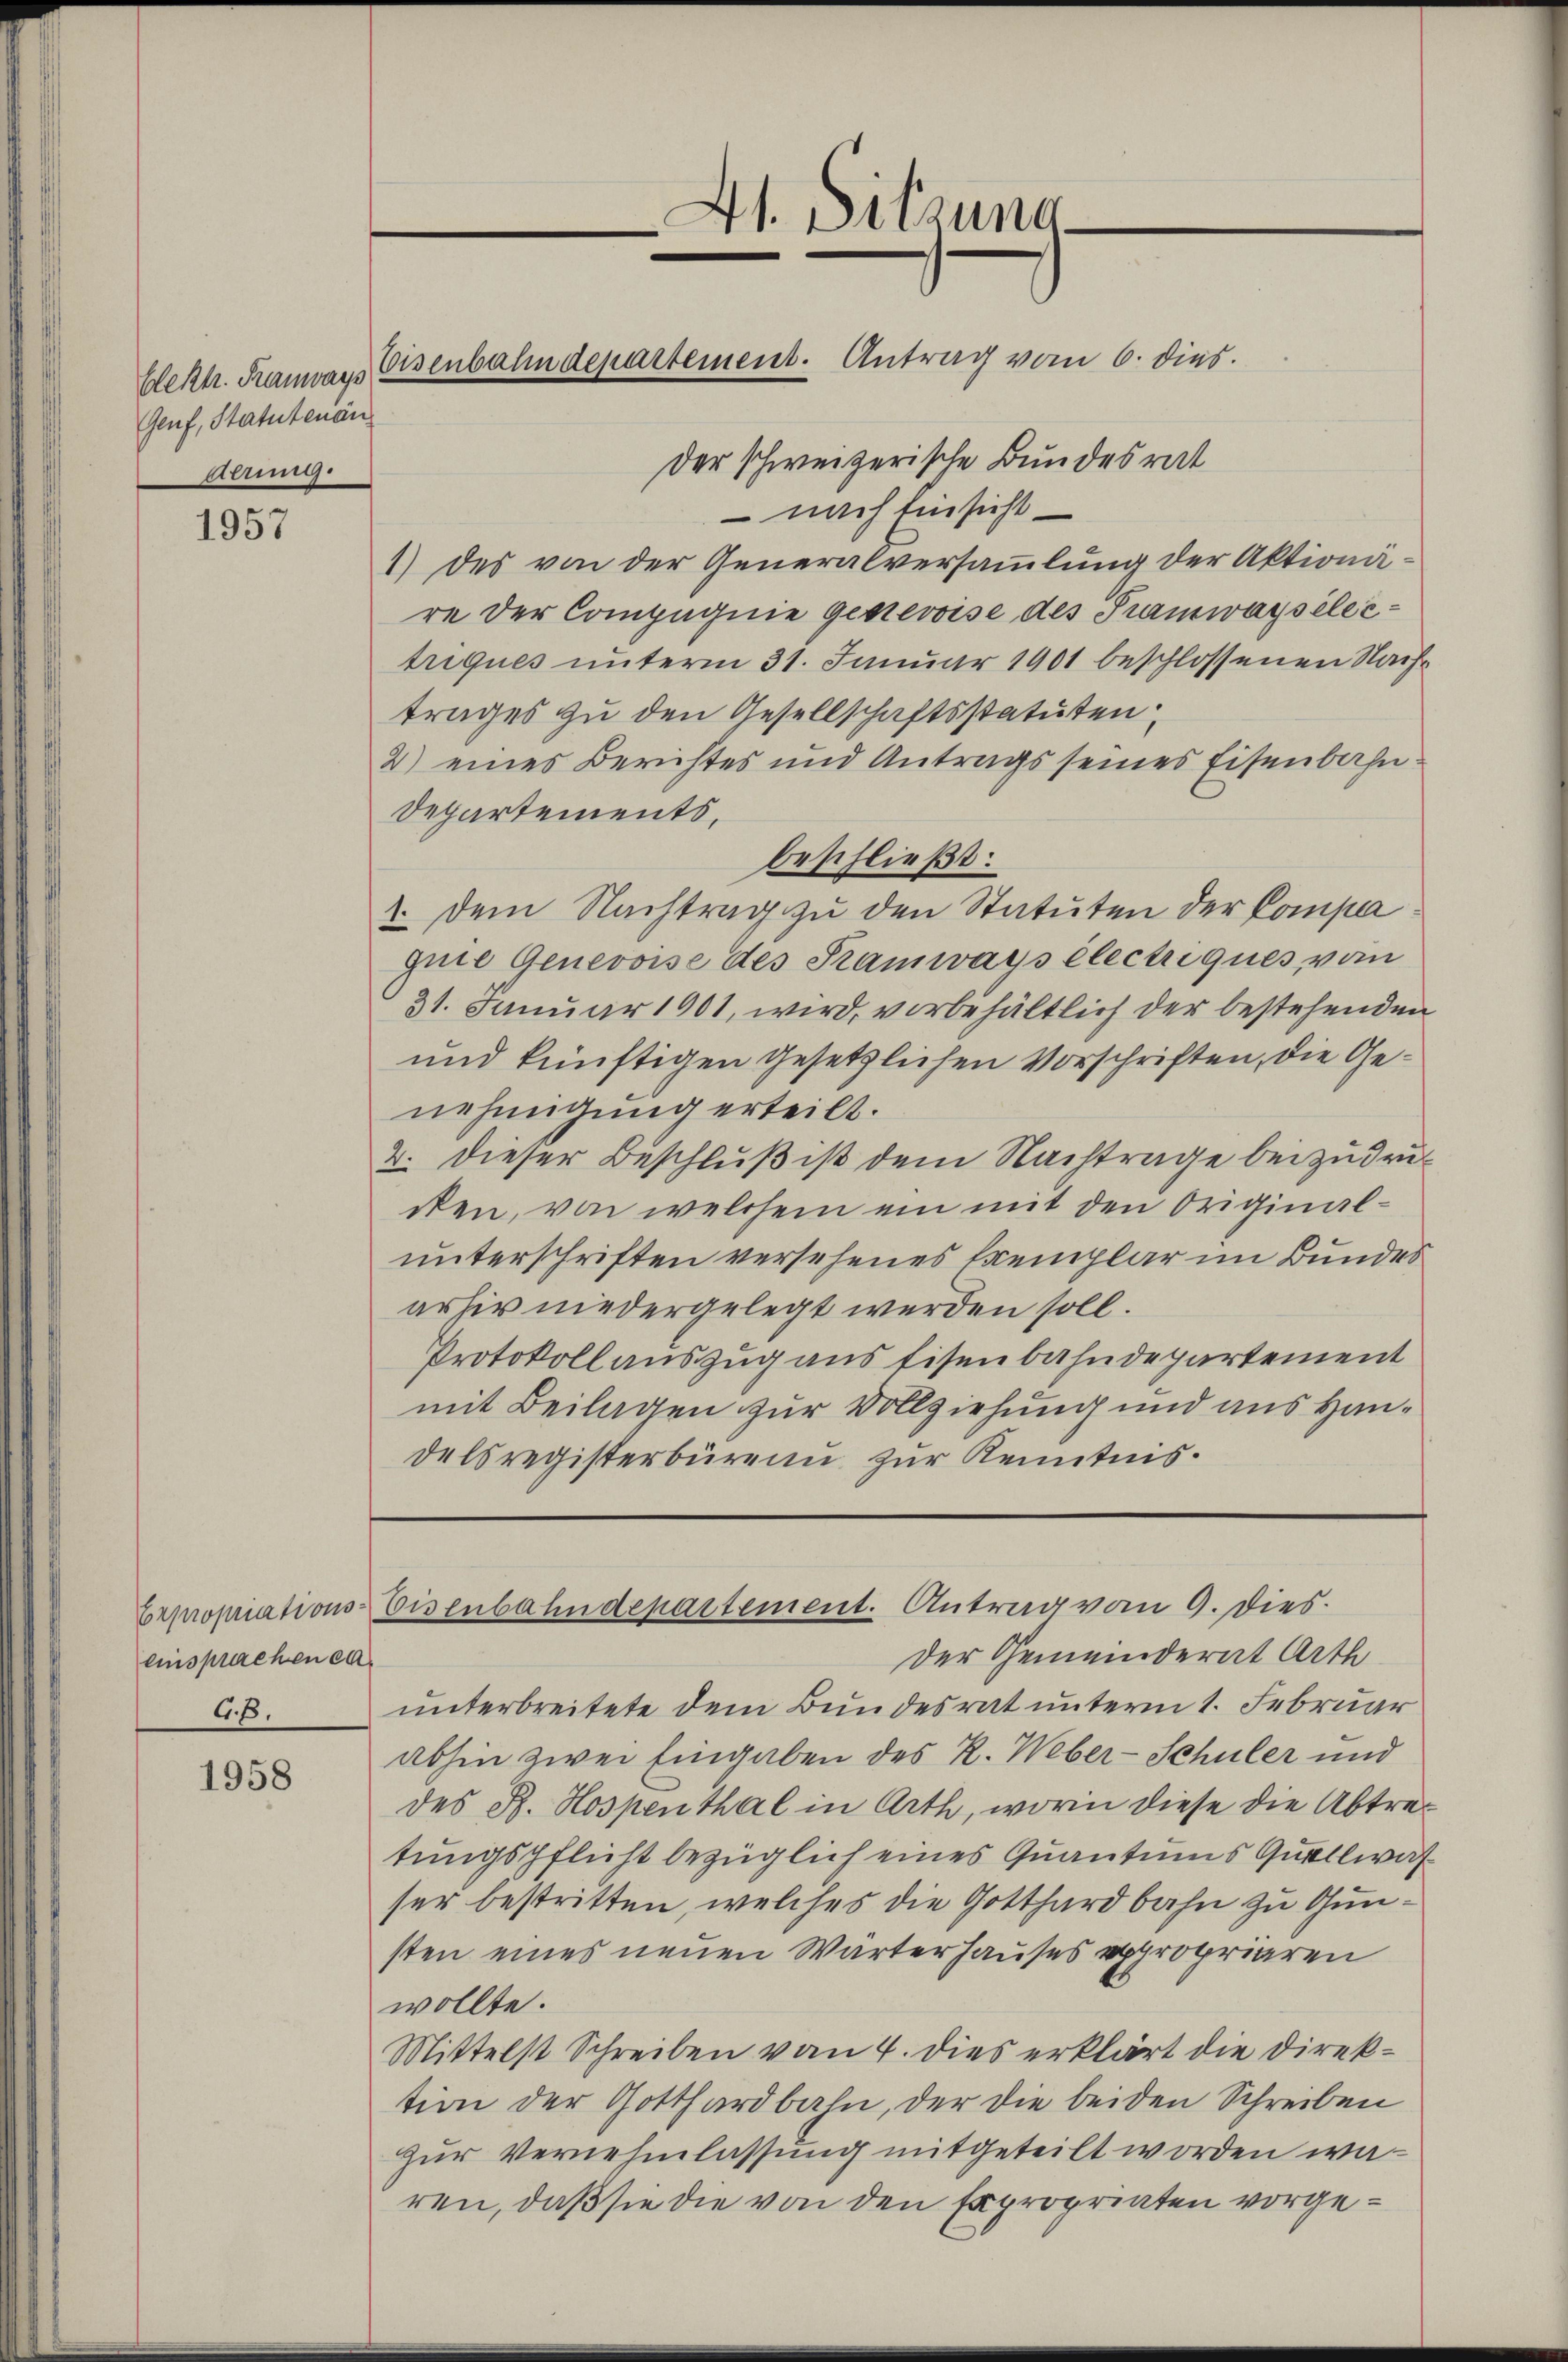
Genf, Statutenan
Aerung.

1957

einsprachen ca
GB.

1958

Dt. Sitzung

der schweizerische Bundesrat
- nach Einsicht¬
1) des von der Generalversammlung der Aktionäre der Compagnie genevoise des Tramwaysélectriques unterm 31. Januar 1901 beschlossenen Nachtrages zu den Gesellschaftsstatuten:
2) eines Berichtes und Antrags seines Eisenbahn
Departements,
beschließt:
1. dem Nachtrag zu den Statuten der Compa
quie Genevoise des Tramways électriques vom
31. Januar 1901, wird, vorbehältlich der bestehenden
und künftigen gesetzlichen Vorschriften, die Genehmigung erteilt.
2. dieser Beschluß ist dem Nachtrage beizudrukcken, von welchem ein mit den Originalunterschriften versehenes Exemplar im Bundes
arhir niedergelegt werden soll.
Protokoll auszug aus Eisenbahndepartement
mit Beilagen zur Vollziehung und aus Handelsregisterbüreau zur Kenntnis.

Elekt. Tramways Eisenbahndepartement. Antrag vom 6. dies

Brpropriations-Eisenbahndepartement. Antrag vom 9. dies

Der Gemeinderat Arth
unterbreitete dem Bundesrat unterm 1. Februar
abhin zwei Eingaben des R. Weber-Schüler und
des R. Hospenthal in Arth, worin diese die Abtretungspflicht bezüglich eines Quantums Quellwas
ser bestritten, welches die Gotthardbahn zu Gunsten eines neuen Wärterhauses expropriaren
wollte.
Mittelst Schreiben vom 4. dies erklärt die Direktion der Gotthardbahn, der die beiden Schreiben
zur Vernehmlassung mitgeteilt worden wären, daß sie die von den Expropriaten vorge¬